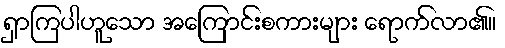
ရှာကြပါဟူသော အကြောင်းစကားများ ရောက်လာ၏။